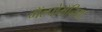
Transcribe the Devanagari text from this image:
मॅल्पोमॅनिया